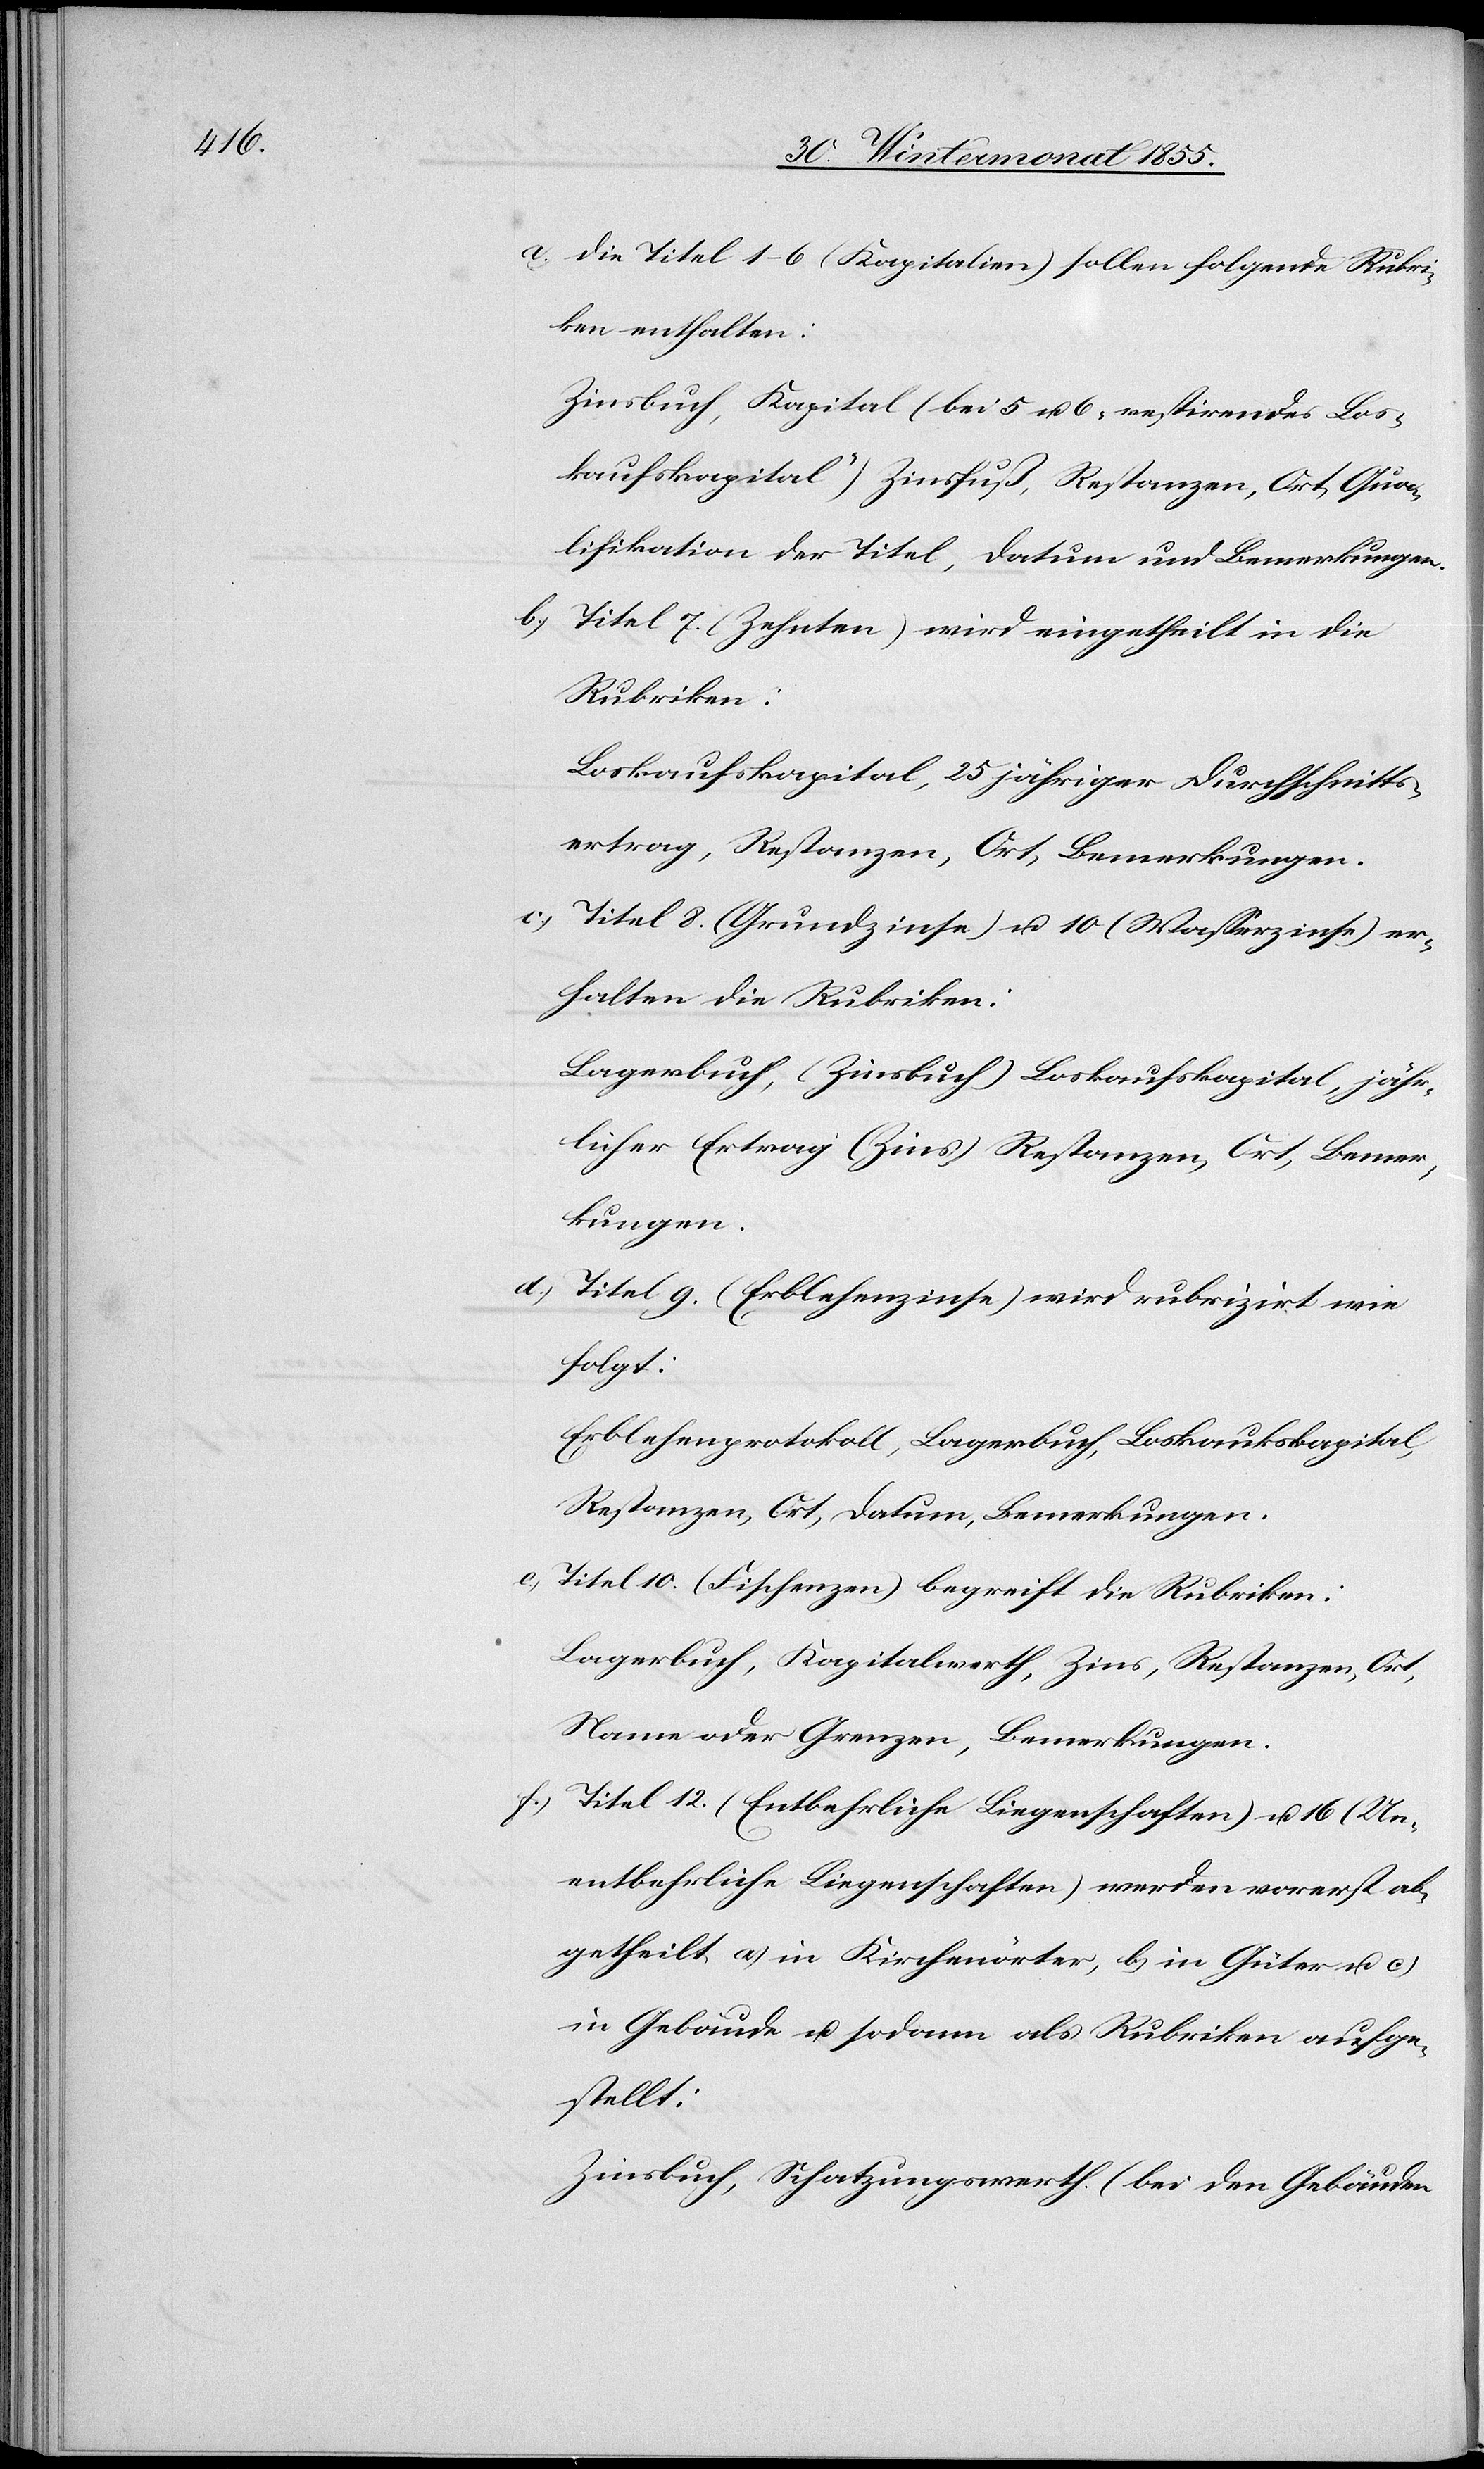
Die Titel 1–6 (Kapitalien) sollen folgende Rubri¬
ken enthalten:
Zinsbuch, Kapital (bei 5 u. 6 „restirendes Los¬
kaufskapital“) Zinsfuß, Restanzen, Ort, Qua¬
lifikation der Titel, Datum und Bemerkungen.
Titel 7. (Zehnten) wird eingetheilt in die
Rubriken:
Loskaufskapital, 25 jähriger Durchschnitts¬
ertrag, Restanzen, Ort, Bemerkungen.
Titel 8. (Grundzinse) u. 10 (Wasserzinse) er¬
halten die Rubriken:
Lagerbuch, (Zinsbuch) Loskaufskapital, jähr¬
licher Ertrag (Zins) Restanzen, Ort, Bemer¬
kungen.
Titel 9. (Erblehenzinse) wird rubrizirt wie
folgt:
Erblehenprotokoll, Lagerbuch, Loskaufskapital,
Restanzen, Ort, Datum, Bemerkungen.
Titel 10. (Fischenzen) begreift die Rubriken:
Lagerbuch, Kapitalwerth, Zins, Restanzen, Ort,
Name oder Grenzen, Bemerkungen.
Titel 12. (Entbehrliche Liegenschaften) u. 16 (Un¬
entbehrliche Liegenschaften) werden vorerst ab¬
getheilt a) in Kirchenörter, b) in Güter u. c)
in Gebäude u. sodann als Rubriken aufge¬
stellt:
Zinsbuch, Schatzungswerth (bei den Gebäuden